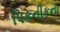
પિકનીકના